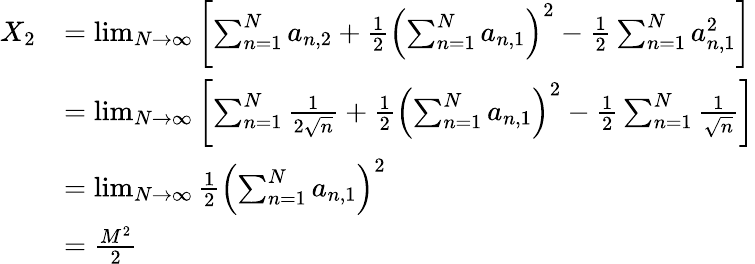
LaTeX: \begin{array}{rl}{X_{2}}&{=\operatorname*{lim}_{N\to\infty}\left[\sum_{n=1}^{N}a_{n,2}+\frac{1}{2}\left(\sum_{n=1}^{N}a_{n,1}\right)^{2}-\frac{1}{2}\sum_{n=1}^{N}a_{n,1}^{2}\right]}\\ &{=\operatorname*{lim}_{N\to\infty}\left[\sum_{n=1}^{N}\frac{1}{2\sqrt{n}}+\frac{1}{2}\left(\sum_{n=1}^{N}a_{n,1}\right)^{2}-\frac{1}{2}\sum_{n=1}^{N}\frac{1}{\sqrt{n}}\right]}\\ &{=\operatorname*{lim}_{N\to\infty}\frac{1}{2}\left(\sum_{n=1}^{N}a_{n,1}\right)^{2}}\\ &{=\frac{M^{2}}{2}}\end{array}